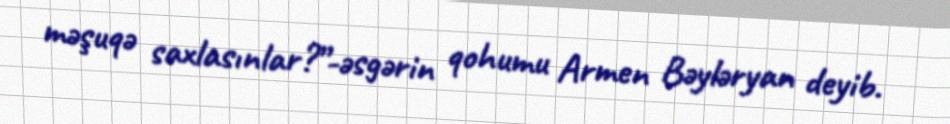
məşuqə saxlasınlar?”-əsgərin qohumu Armen Bəyləryan deyib.